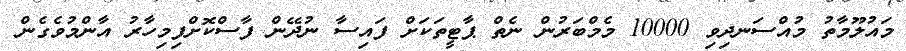
މައުލޫމާތު މުއްސަނދިވި 10000 މެމްބަރުން ނެތް ޕާޓީތަކަށް ފައިސާ ނުދޭން ފާސްކޮށްފިމިހާރު އާންމުވެގެން